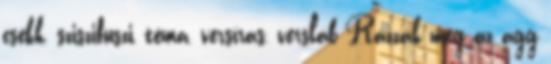
csekk, sziszifuszi, téma, versírás, versláb Rázzák meg az agg